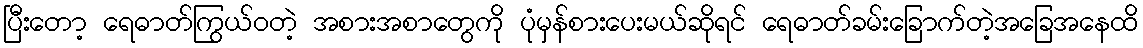
ပြီးတော့ ရေဓာတ်ကြွယ်ဝတဲ့ အစားအစာတွေကို ပုံမှန်စားပေးမယ်ဆိုရင် ရေဓာတ်ခမ်းခြောက်တဲ့အခြေအနေထိ